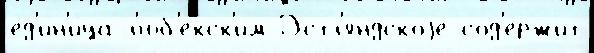
ед'ин'и́ца л'юб'екск'им Эстл'яндскоjе сод'е́ржит